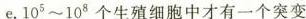
e。105~108个生殖细胞中才有一个突变